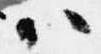
ハ